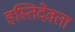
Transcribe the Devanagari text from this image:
हस्तिदेवता